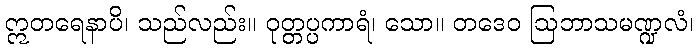
ဣတရေနာပိ၊ သည်လည်း။ ဝုတ္တပ္ပကာရံ၊ သော။ တဒေဝ ဩဘာသမဏ္ဍလံ၊